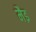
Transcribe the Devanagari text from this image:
मैइ